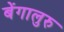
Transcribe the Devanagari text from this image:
बेंगालुरु